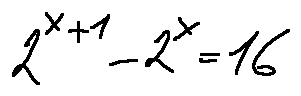
2 ^ { x + 1 } - 2 ^ { x } = 1 6